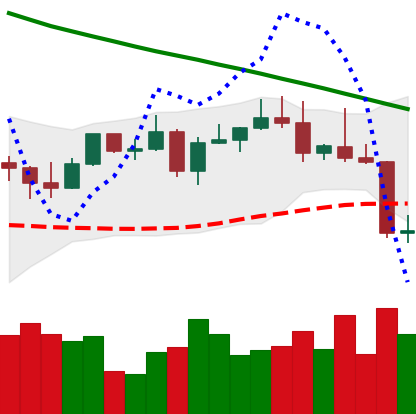
Ticker: LTC-USD
Chart end date: 2022-08-20
Forward return: 4.807%
Label: up_3_5